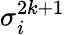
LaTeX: \sigma_{i}^{2k+1}